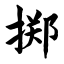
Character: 掷